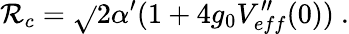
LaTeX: \mathcal{R}_{c}=\sqrt{}{{2\alpha^{\prime}}}(1+4g_{0}V_{eff}^{\prime\prime}(0))\ .